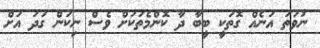
ނުވަތަ އަނެއް ގޮތަކީ ބީބާ ދާ ކޮންމެތަކަށް ވެސް ނިކަން ގަދަ އަށް